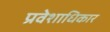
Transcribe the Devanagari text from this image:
प्रवेशाधिकार